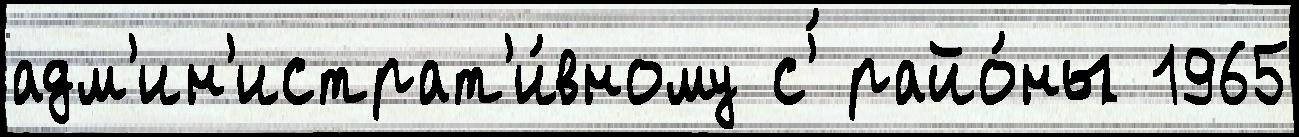
адм'ин'истрат'и́вному с'́ райо́ны 1965